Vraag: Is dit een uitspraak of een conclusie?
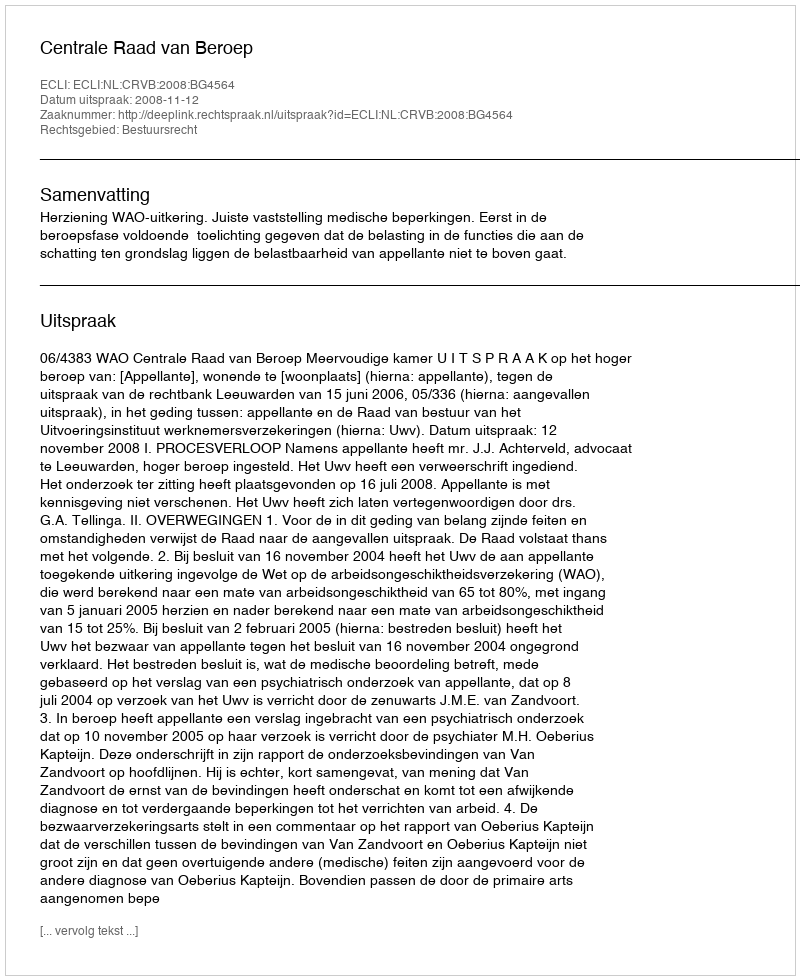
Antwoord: Uitspraak